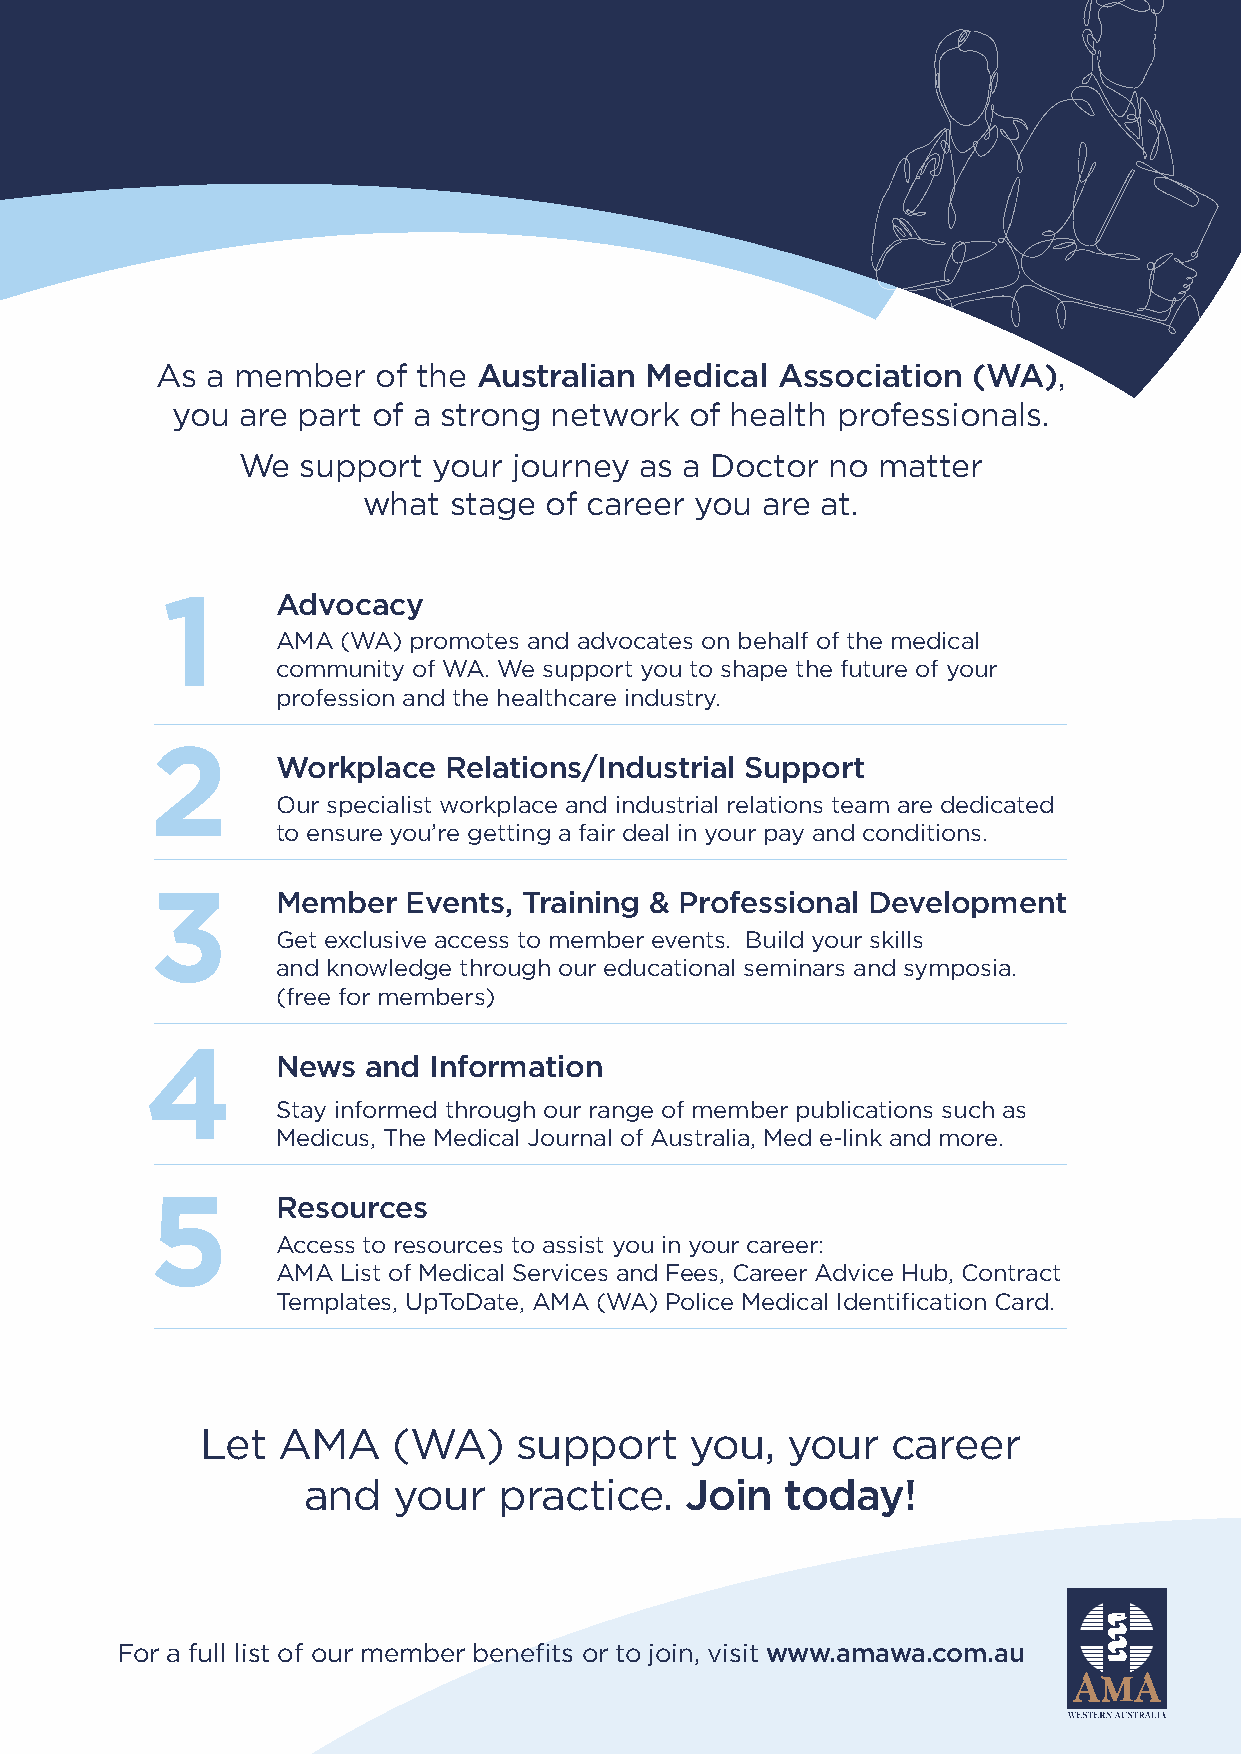
26   INTERNSHIP 101 – WHAT YOU NEED TO KNOW
 As  a member   of the Australian Medical Association  (WA),
 you  are part of a strong network  of health professionals.
 We  support  your journey as a Doctor  no matter
 what  stage of career you are at.
 1      Advocacy
 AMA (WA) promotes and advocates on behalf of the medical
 community of WA. We support you to shape the future of your
 profession and the healthcare industry.
 2
 Workplace  Relations/Industrial Support
 Our specialist workplace and industrial relations team are dedicated
 to ensure you’re getting a fair deal in your pay and conditions.
 3       Member   Events, Training & Professional Development
 Get exclusive access to member events. Build your skills
 and knowledge through our educational seminars and symposia.
 (free for members)
 4       News  and Information
 Stay informed through our range of member publications such as
 Medicus, The Medical Journal of Australia, Med e-link and more.
 5       Resources
 Access to resources to assist you in your career:
 AMA List of Medical Services and Fees, Career Advice Hub, Contract
 Templates, UpToDate, AMA (WA) Police Medical Identification Card.
 Let  AMA     (WA)    support     you,  your   career
 and   your   practice.   Join   today!
 For a full list of our member benefits or to join, visit www.amawa.com.au